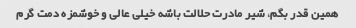
همین قدر بگم، شیر مادرت حلالت باشه خیلی عالی و خوشمزه دمت گرم